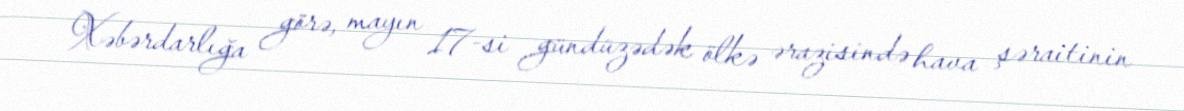
Xəbərdarlığa görə, mayın 17-si gündüzədək ölkə ərazisində hava şəraitinin